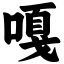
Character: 嘎